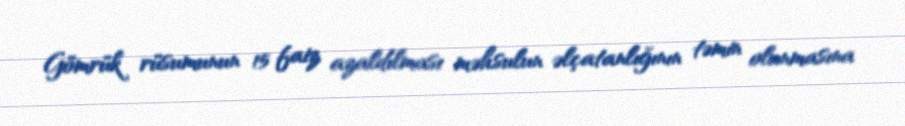
Gömrük rüsumunun 15 faiz azaldılması məhsulun əlçatanlığının təmin olunmasına